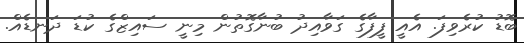
ބޮޑު ކުރެވިފަ. އެއީ ފީފާގެ ގަވާއިދު ބުނާގޮތުން މިނީ ސައިޒްގެ ކުޑަ ދަނޑެއް.